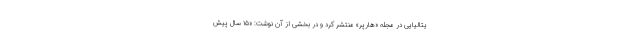
یتالیایی در مجله «هارپر» منتشر کرد و در بخشی از آن نوشت: «۱۵ سال پیش